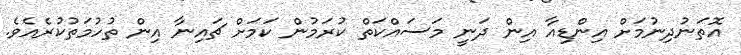
އޮތަނުދިނުމަށް އިންޑިއާ އިން ދަނީ މަސައްކަތް ކުރަމުން ކަމަށް ޗައިނާ އިން ތުހުމަތުކުރެއެވެ.